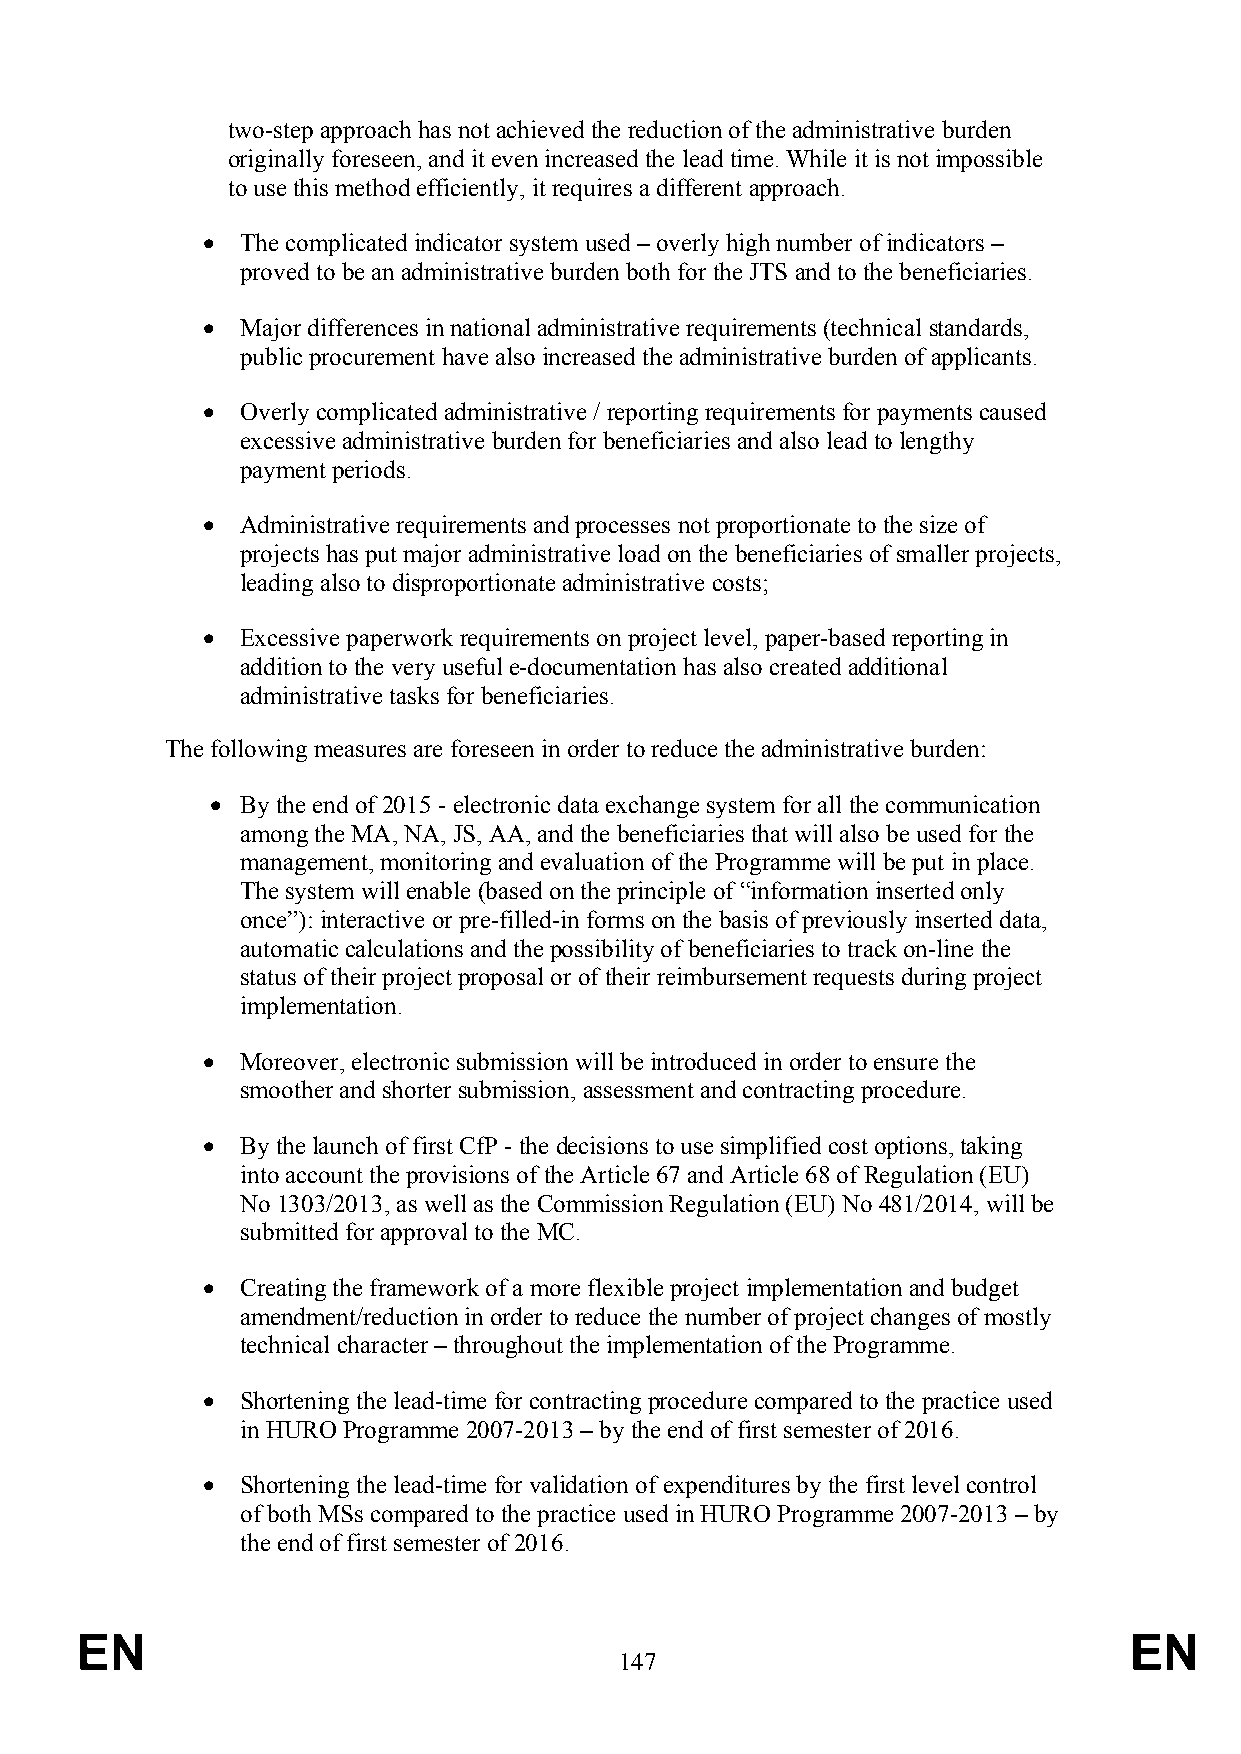
two-step approach has not achieved the reduction of the administrative burden
 originally foreseen, and it even increased the lead time. While it is not impossible
 to use this method efficiently, it requires a different approach.
   The complicated indicator system used – overly high number of indicators –
 proved to be an administrative burden both for the JTS and to the beneficiaries.
   Major differences in national administrative requirements (technical standards,
 public procurement have also increased the administrative burden of applicants.
   Overly complicated administrative / reporting requirements for payments caused
 excessive administrative burden for beneficiaries and also lead to lengthy
 payment periods.
   Administrative requirements and processes not proportionate to the size of
 projects has put major administrative load on the beneficiaries of smaller projects,
 leading also to disproportionate administrative costs;
   Excessive paperwork requirements on project level, paper-based reporting in
 addition to the very useful e-documentation has also created additional
 administrative tasks for beneficiaries.
 The following measures are foreseen in order to reduce the administrative burden:
  By the end of 2015 - electronic data exchange system for all the communication
 among the MA, NA, JS, AA, and the beneficiaries that will also be used for the
 management, monitoring and evaluation of the Programme will be put in place.
 The system will enable (based on the principle of “information inserted only
 once”): interactive or pre-filled-in forms on the basis of previously inserted data,
 automatic calculations and the possibility of beneficiaries to track on-line the
 status of their project proposal or of their reimbursement requests during project
 implementation.
   Moreover, electronic submission will be introduced in order to ensure the
 smoother and shorter submission, assessment and contracting procedure.
   By the launch of first CfP - the decisions to use simplified cost options, taking
 into account the provisions of the Article 67 and Article 68 of Regulation (EU)
 No 1303/2013, as well as the Commission Regulation (EU) No 481/2014, will be
 submitted for approval to the MC.
   Creating the framework of a more flexible project implementation and budget
 amendment/reduction in order to reduce the number of project changes of mostly
 technical character – throughout the implementation of the Programme.
   Shortening the lead-time for contracting procedure compared to the practice used
 in HURO Programme 2007-2013 – by the end of first semester of 2016.
   Shortening the lead-time for validation of expenditures by the first level control
 of both MSs compared to the practice used in HURO Programme 2007-2013 – by
 the end of first semester of 2016.
 EN                                                                    EN
 147